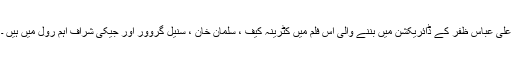
علی عباس ظفر کے ڈائریکشن میں بننے والی اس فلم میں کٹرینہ کیف ، سلمان خان ، سنیل گروور اور جیکی شراف اہم رول میں ہیں ۔